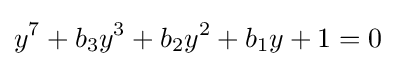
y^{7}+b_{3}y^{3}+b_{2}y^{2}+b_{1}y+1=0